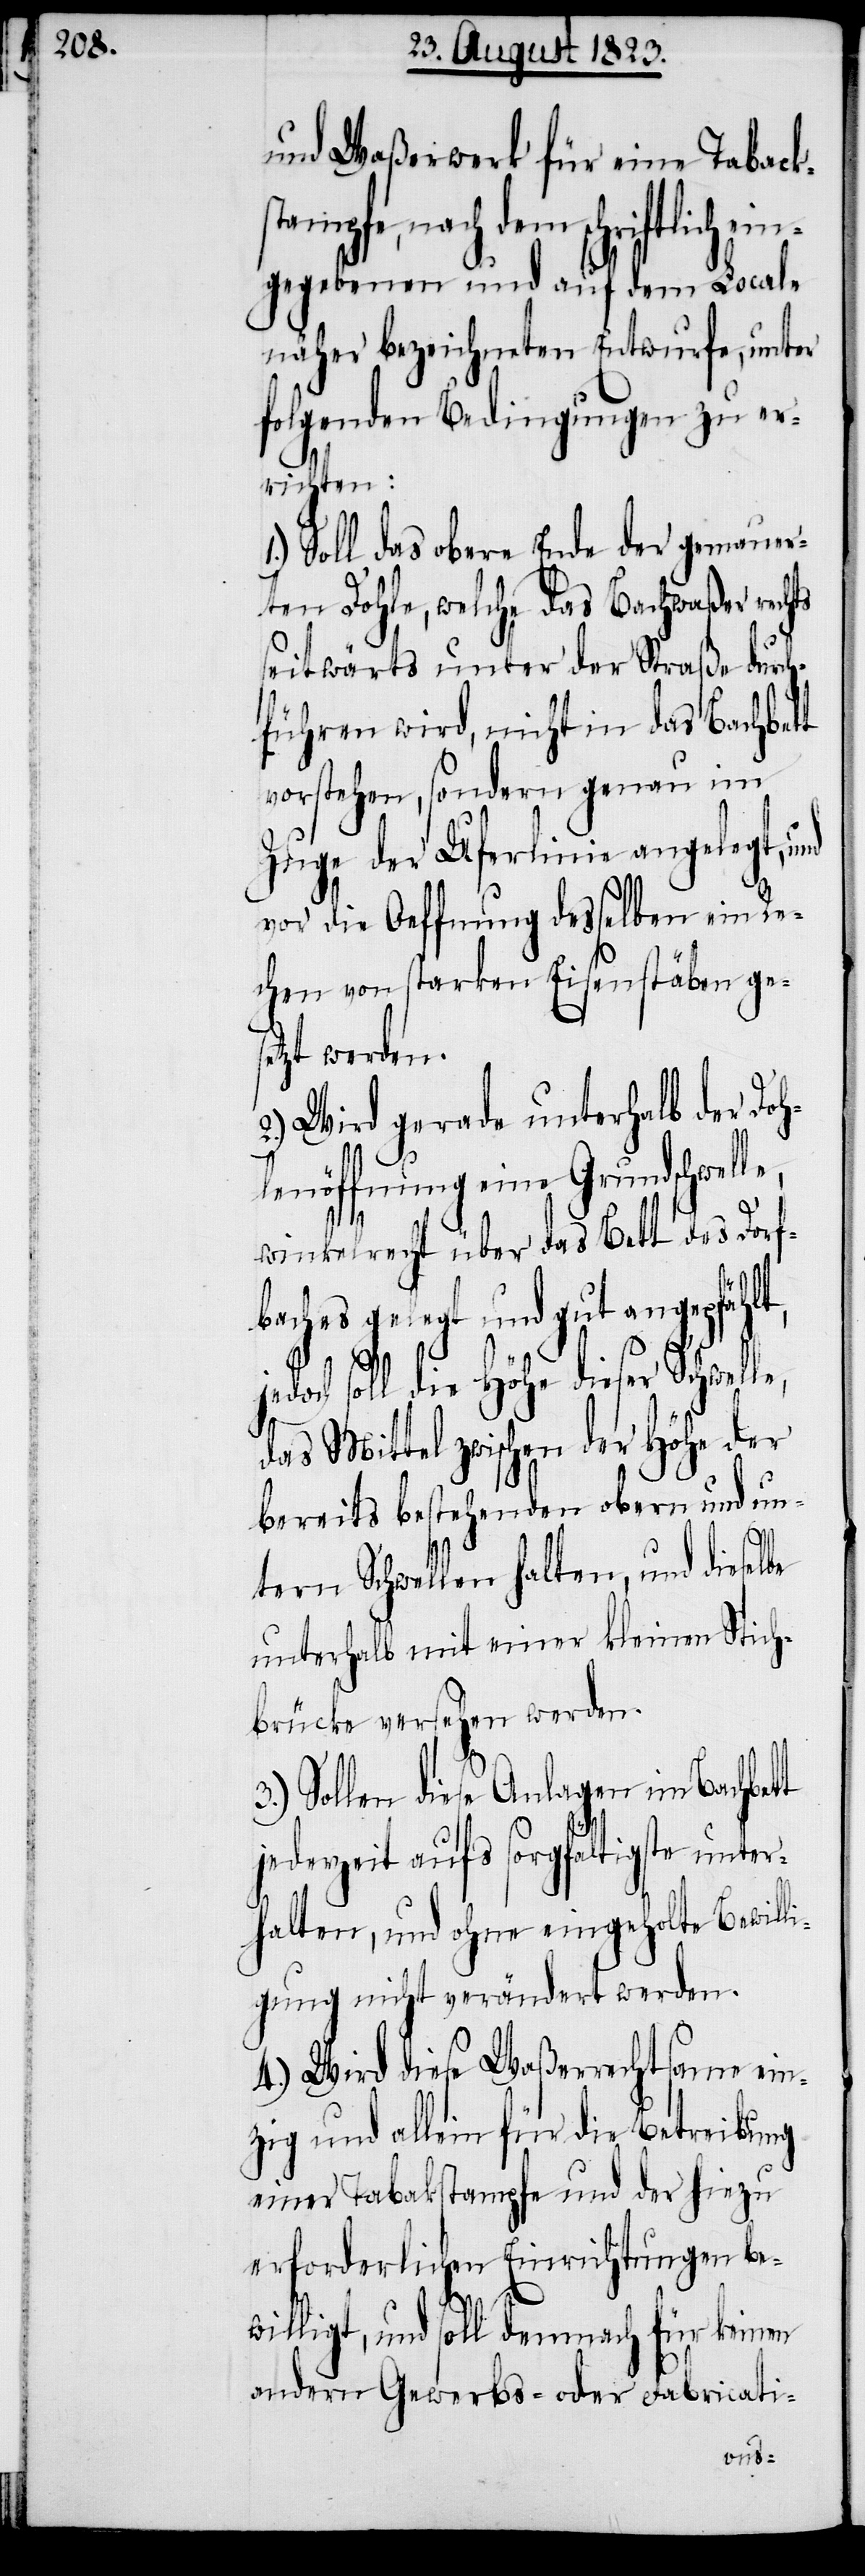
und Waßerwerk für eine Tabacks¬
fe, nach dem schriftlich e¬
ingegebenen und auf dem Locale
näher bezeichneten Entwurfe, unter
folgenden Bedingungen zu er¬
richten:
1.) Soll das obere Ende der gemauer¬
ten Dohle, welche das Bachwaßer rechts
seitwärts unter der Straße durch¬
führen wird, nicht in das Bachbett
vorstehen, sondern genau im
Zuge der Uferlinie angelegt, und
vor die Oeffnung desselben ein Re¬
chen von starken Eisenstäben ges¬
etzt werden.
Wird gerade unterhalb der Doh¬
lenöffnung eine Grundschwel¬
winkelrecht über das Bett des Dorf¬
baches gelegt und gut angepfählt,
och soll die Höhe dieser Schwelle,
das Mittel zwischen der Höhe der
bereits bestehenden obern und un¬
tern Schwellen halten, und dieselbe
unterhalb mit einer kleinen Stich¬
brücke versehen werden.
3.) Sollen diese Anlagen im Bachbett
jederzeit aufs sorgfältigste unter¬
halten, und ohne eingeholte Bewilli¬
gung nicht verändert werden.
4.) Wird diese Waßerrechtsame ein¬
zig und allein für die Betreibung
einer Tabakstampfe und der hiezu
erforderlichen Einrichtungen be¬
willigt, und soll demnach für keinen
andern Gewerbs- oder Fabricati-
jed¬